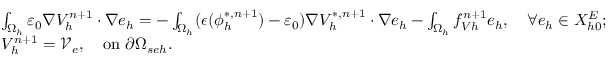
\begin{array} { r l } { \small } & { \int _ { \Omega _ { h } } \varepsilon _ { 0 } \nabla V _ { h } ^ { n + 1 } \cdot \nabla e _ { h } = - \int _ { \Omega _ { h } } ( \epsilon ( \phi _ { h } ^ { * , n + 1 } ) - \varepsilon _ { 0 } ) \nabla V _ { h } ^ { * , n + 1 } \cdot \nabla e _ { h } - \int _ { \Omega _ { h } } f _ { V h } ^ { n + 1 } e _ { h } , \quad \forall e _ { h } \in X _ { h 0 } ^ { E } ; } \\ & { V _ { h } ^ { n + 1 } = \mathcal V _ { e } , \quad \mathrm { o n } \ \partial \Omega _ { s e h } . } \end{array}